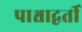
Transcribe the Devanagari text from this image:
पाश्चाद्वर्ती